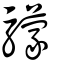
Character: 𩦺